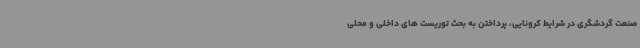
صنعت گردشگری در شرایط کرونایی، پرداختن به بحث توریست های داخلی و محلی